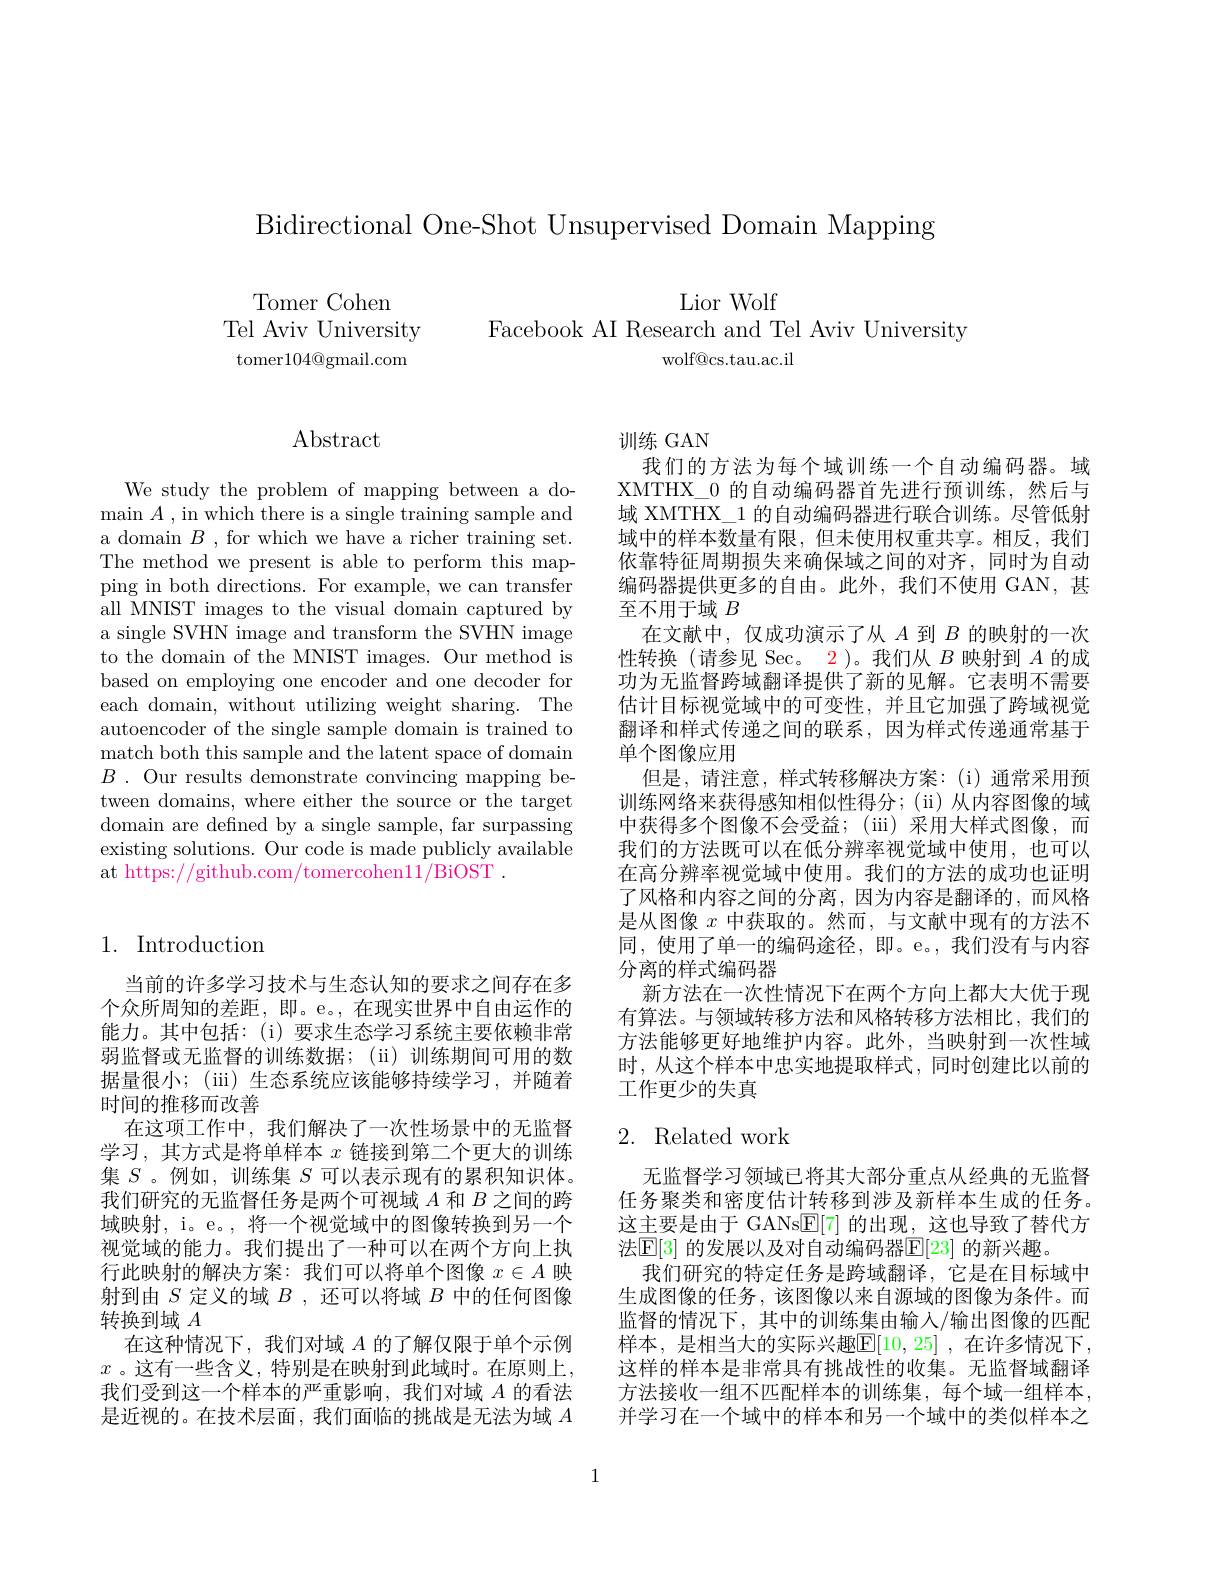
Bidirectional One-Shot Unsupervised Domain Mapping

Tomer Cohen
Tel Aviv University tomer$104@$gmail.com

Lior Wolf
Facebook AI Research and Tel Aviv University
wolf@cs.tau.ac.il

## Abstract

We study the problem of mapping between a do- $\operatorname*{main}A$ , in which there is a single training sample and a domain $B$ , for which we have a richer training set. The method we present is able to perform this mapping in both directions. For example, we can transfer all MNIST images to the visual domain captured by a single SVHN image and transform the SVHN image to the domain of the MNIST images. Our method is based on employing one encoder and one decoder for each domain, without utilizing weight sharing. The autoencoder of the single sample domain is trained to match both this sample and the latent space of domain $B$ . Our results demonstrate convincing mapping between domains, where either the source or the target domain are defined by a single sample, far surpassing existing solutions. Our code is made publicly available at https://github.com/tomercohen11/BiOST .

## 1. Introduction

当前的许多学习技术与生态认知的要求之间存在多个众所周知的差距，即。e。,在现实世界中自由运作的能力。其中包括：(i)要求生态学习系统主要依赖非常弱监督或无监督的训练数据；(ii)训练期间可用的数据量很小；(iii) 生态系统应该能够持续学习，并随着时间的推移而改善
在这项工作中，我们解决了一次性场景中的无监督学习，其方式是将单样本$x$链接到第二个更大的训练集$S$ 。例如，训练集$S$可以表示现有的累积知识体。我们研究的无监督任务是两个可视域$A$和$B$之间的跨域映射，i。e。, 将一个视觉域中的图像转换到另一个视觉域的能力。我们提出了一种可以在两个方向上执行此映射的解决方案：我们可以将单个图像$x\in A$映射到由$S$定义的域$B$ ,还可以将域$B$中的任何图像转换到域$A$
在这种情况下，我们对域$A$的了解仅限于单个示例$x$ 。这有一些含义，特别是在映射到此域时。在原则上， 我们受到这一个样本的严重影响，我们对域$A$的看法是近视的。在技术层面，我们面临的挑战是无法为域$A$

训练 GAN
我们的方法为每个域训练一个自动编码器。域XMTHX\_0 的自动编码器首先进行预训练，然后与域 XMTHX\_1 的自动编码器进行联合训练。尽管低射域中的样本数量有限，但未使用权重共享。相反，我们依靠特征周期损失来确保域之间的对齐，同时为自动编码器提供更多的自由。此外，我们不使用 GAN, 甚至不用于域$B$
在文献中，仅成功演示了从$A$到$B$的映射的一次性转换(请参见 Sec。2)。我们从$B$映射到$A$的成功为无监督跨域翻译提供了新的见解。它表明不需要估计目标视觉域中的可变性，并且它加强了跨域视觉翻译和样式传递之间的联系，因为样式传递通常基于单个图像应用
但是，请注意，样式转移解决方案：(i)通常采用预训练网络来获得感知相似性得分；(ii)从内容图像的域中获得多个图像不会受益；(iii)采用大样式图像，而我们的方法既可以在低分辨率视觉域中使用，也可以在高分辨率视觉域中使用。我们的方法的成功也证明了风格和内容之间的分离，因为内容是翻译的，而风格是从图像$x$中获取的。然而，与文献中现有的方法不同，使用了单一的编码途径，即。e。,我们没有与内容分离的样式编码器
新方法在一次性情况下在两个方向上都大大优于现有算法。与领域转移方法和风格转移方法相比，我们的方法能够更好地维护内容。此外，当映射到一次性域时，从这个样本中忠实地提取样式，同时创建比以前的工作更少的失真

## 2. Related work

无监督学习领域已将其大部分重点从经典的无监督任务聚类和密度估计转移到涉及新样本生成的任务。这主要是由于 GANs$\underline{\mathrm{E}}[7]$的出现，这也导致了替代方法$\mathbb{E}[3]$ 的发展以及对自动编码器$\mathbb{E}[23]$ 的新兴趣。
我们研究的特定任务是跨域翻译，它是在目标域中生成图像的任务，该图像以来自源域的图像为条件。而监督的情况下，其中的训练集由输入/输出图像的匹配样本，是相当大的实际兴趣$\mathbb{E}[10,25]$,在许多情况下， 这样的样本是非常具有挑战性的收集。无监督域翻译方法接收一组不匹配样本的训练集，每个域一组样本， 并学习在一个域中的样本和另一个域中的类似样本之

1